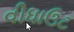
વીધાઉટ